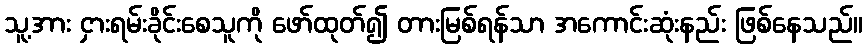
သူ့အား ငှားရမ်းခိုင်းစေသူကို ဖော်ထုတ်၍ တားမြစ်ရန်သာ အကောင်းဆုံးနည်း ဖြစ်နေသည်။